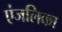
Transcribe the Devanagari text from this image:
एंजलिका